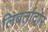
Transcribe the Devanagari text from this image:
लिबर्तादोर